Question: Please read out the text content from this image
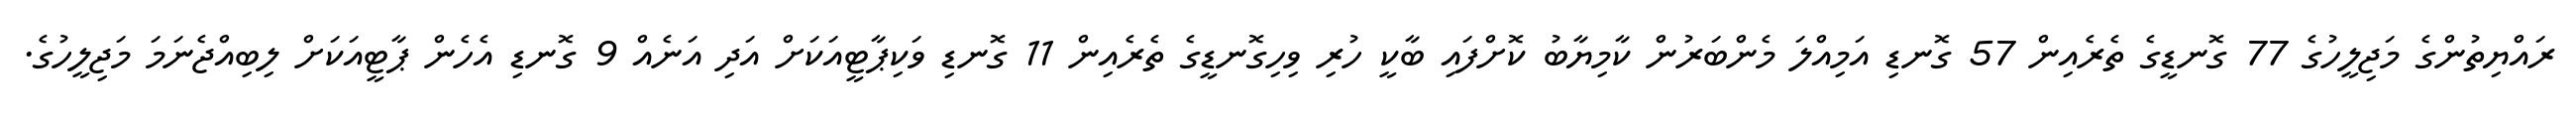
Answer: ރައްޔިތުންގެ މަޖިލީހުގެ 77 ގޮނޑީގެ ތެރެއިން 57 ގޮނޑި އަމިއްލަ މެންބަރުން ކާމިޔާބު ކޮށްފައި ބާކީ ހުރި ވިހިގޮނޑީގެ ތެރެއިން 11 ގޮނޑި ވަކިޕާޓީއަކަށް އަދި އަނެއް 9 ގޮނޑި އެހެން ޕާޓީއަކަށް ލިބިއްޖެނަމަ މަޖިލީހުގެ.